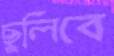
ছুলিবে